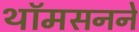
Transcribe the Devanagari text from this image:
थॉमसनने